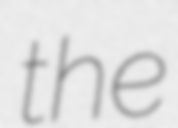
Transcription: the